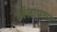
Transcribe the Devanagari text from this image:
अंतःप्रान्त